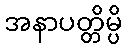
အနာပတ္တိမ္ပိ